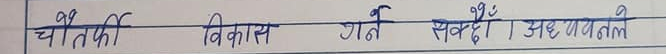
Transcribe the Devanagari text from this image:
चैतफि विकास गर्न सक्दै अध्यतले